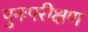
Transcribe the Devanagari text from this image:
पुनःपरीक्षण